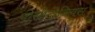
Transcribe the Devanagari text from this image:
पोसीदोनियस